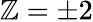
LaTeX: \mathbb{Z}=\pm2